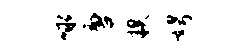
咏唐糗娉